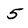
Character: 5